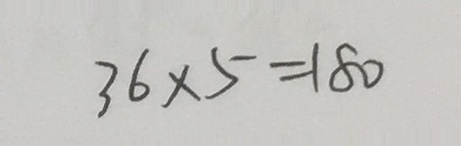
3 6 \times 5 = 1 8 0